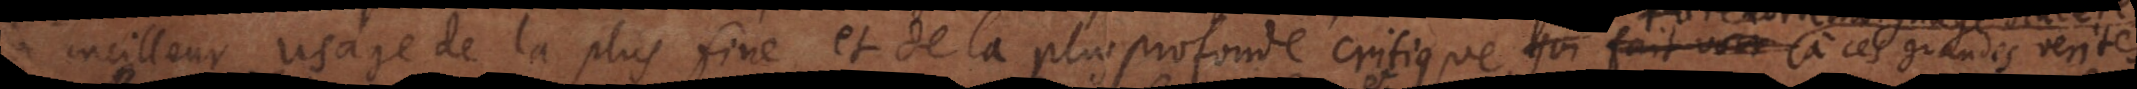
meilleur usage de la plus fine et de la plus profonde critique justifié par des anciens auteur